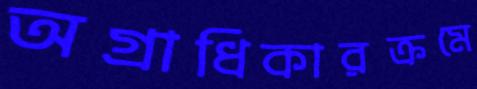
অগ্রাধিকারক্রমে